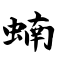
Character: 蝻